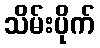
သိမ်းပိုက်